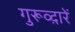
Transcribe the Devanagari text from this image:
गुरूव्‍द़ारें